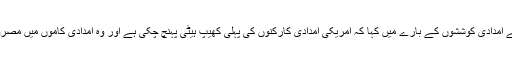
صدر نے امدادی کوششوں کے بارے میں کہا کہ امریکی امدادی کارکنوں کی پہلی کھیپ ہیٹی پہنچ چکی ہے اور وہ امدادی کاموں میں مصروف ہیں۔